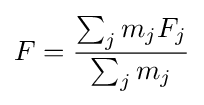
F={\frac {\sum _{j}m_{j}F_{j}}{\sum _{j}m_{j}}}